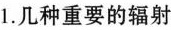
1.几种重要的辐射